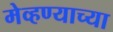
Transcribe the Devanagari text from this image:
मेव्हण्याच्या